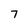
Character: 7